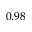
0 . 9 8